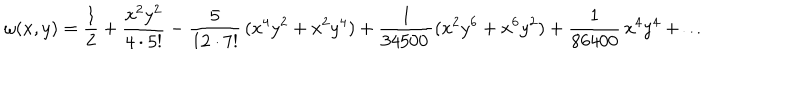
\omega ( x , y ) = \frac { 1 } { 2 } + \frac { x ^ { 2 } y ^ { 2 } } { 4 \cdot 5 ! } - \frac { 5 } { 1 2 \cdot 7 ! } \, ( x ^ { 4 } y ^ { 2 } + x ^ { 2 } y ^ { 4 } ) + \frac { 1 } { 3 4 5 0 0 \, } ( x ^ { 2 } y ^ { 6 } + x ^ { 6 } y ^ { 2 } ) + \frac { 1 } { 8 6 4 0 0 } \, x ^ { 4 } y ^ { 4 } + \ldots